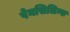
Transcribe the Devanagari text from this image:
पेनसिलिन्स